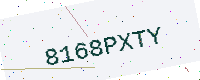
Text: 8168PXTY